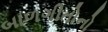
બાળગીતોનો